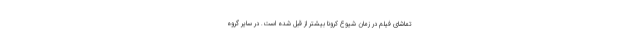
تماشای فیلم در زمان شیوع کرونا بیشتر از قبل شده است. در سایر گروه­